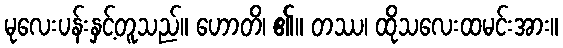
မုလေးပန်းနှင့်တူသည်။ ဟောတိ၊ ၏။ တဿ၊ ထိုသလေးထမင်းအား။